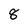
Character: 8